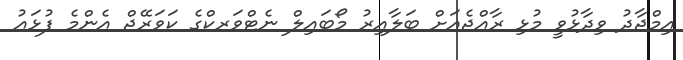
އިމްޖާދު ވިދާޅުވީ މުޅި ރާއްޖެއަށް ބަލާއިރު މޯބައިލް ނެޓްވަރކްގެ ކަވަރޭޖް އެންމެ ފުޅައު